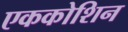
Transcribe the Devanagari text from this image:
एककोशिन